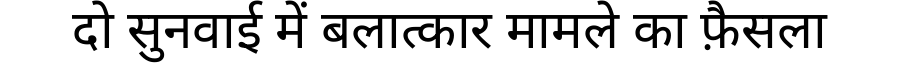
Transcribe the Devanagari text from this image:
दो सुनवाई में बलात्कार मामले का फ़ैसला